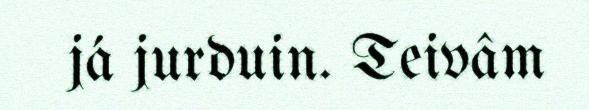
já jurduin. Teivâm